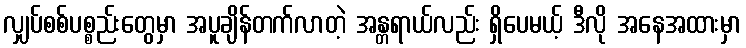
လျှပ်စစ်ပစ္စည်းတွေမှာ အပူချိန်တက်လာတဲ့ အန္တရာယ်လည်း ရှိပေမယ့် ဒီလို အနေအထားမှာ